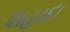
શહાદા